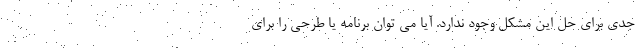
جدی برای حل این مشکل وجود ندارد. آیا می توان برنامه یا طرحی را برای